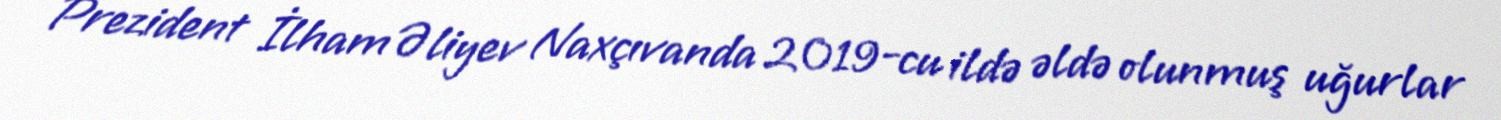
Prezident İlham Əliyev Naxçıvanda 2019-cu ildə əldə olunmuş uğurlar